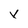
Character: v